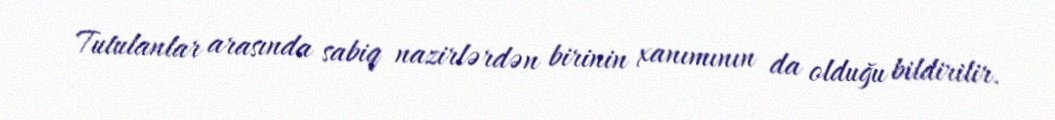
Tutulanlar arasında sabiq nazirlərdən birinin xanımının da olduğu bildirilir.